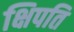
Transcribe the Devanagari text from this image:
क्षिपति